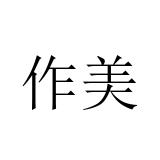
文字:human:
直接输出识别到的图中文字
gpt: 作美